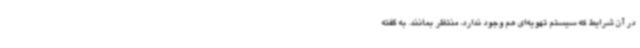
در آن شرایط که سیستم تهویه‌ای هم وجود ندارد، منتظر بمانند. به گفته